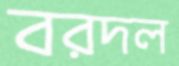
বরদল